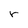
Character: r